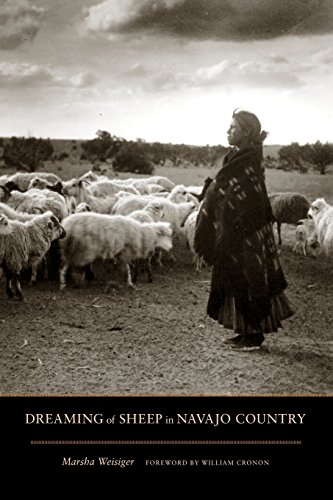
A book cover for Dreaming of Sheep in Navajo Country (Weyerhaeuser Environmental Books); Marsha Weisiger; History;